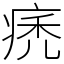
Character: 痜